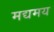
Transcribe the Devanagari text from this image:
मद्यमय